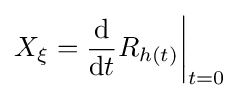
X_{\xi }={\frac {\mathrm {d} }{\mathrm {d} t}}R_{h(t)}{\biggr |}_{t=0}